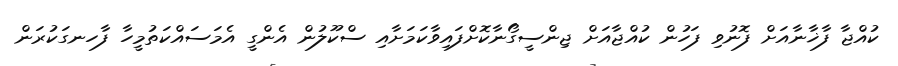
ކުއްޖާ ފާޚާނާއަށް ފޮނުވި ފަހުން ކުއްޖާއަށް ޖިންސީގޯނާކޮށްފައިވާކަމަށާއި ސްކޫލުން އެންގީ އެމަސައްކަތުމީހާ ފާހނގަކުރަން